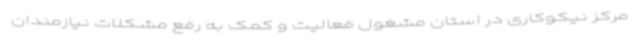
مرکز نیکوکاری در استان مشغول فعالیت و کمک به رفع مشکلات نیازمندان